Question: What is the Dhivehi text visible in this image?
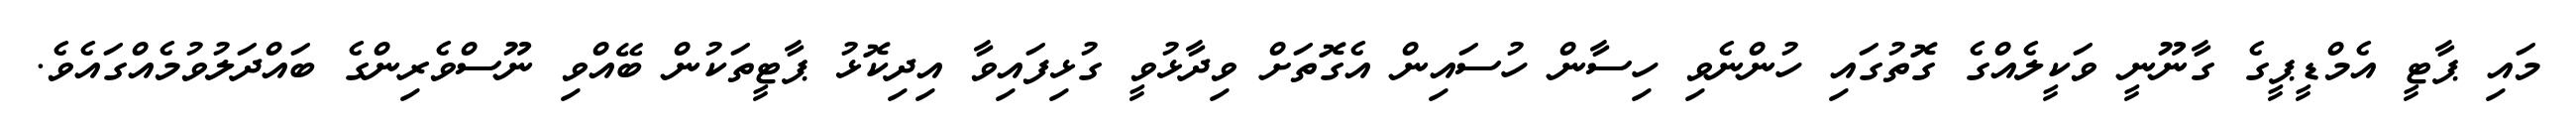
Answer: މައި ޕާޓީ އެމްޑީޕީގެ ގާނޫނީ ވަކީލެއްގެ ގޮތުގައި ހުންނެވި ހިސާން ހުސައިން އެގޮތަށް ވިދާޅުވީ ގުޅިފައިވާ އިދިކޮޅު ޕާޓީތަކުން ބޭއްވި ނޫސްވެރިންގެ ބައްދަލުވުމެއްގައެވެ.